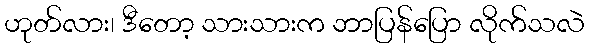
ဟုတ်လား၊ ဒီတော့ သားသားက ဘာပြန်ပြော လိုက်သလဲ